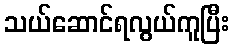
သယ်ဆောင်ရလွယ်ကူပြီး